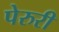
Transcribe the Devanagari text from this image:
पेरुरी